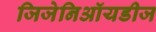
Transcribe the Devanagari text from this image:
जिजेनिऑयडीज